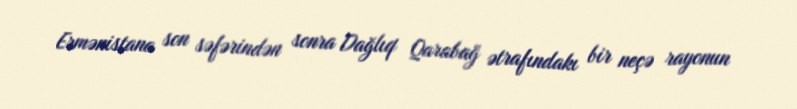
Ermənistana son səfərindən sonra Dağlıq Qarabağ ətrafındakı bir neçə rayonun